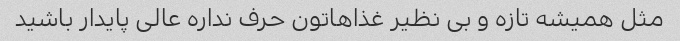
مثل همیشه تازه و بی نظیر غذاهاتون حرف نداره عالی پایدار باشید